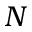
N